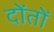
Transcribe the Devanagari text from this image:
दोंतों